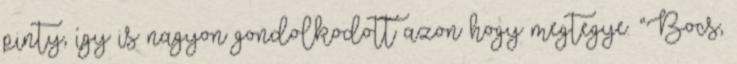
pinty, így is nagyon gondolkodott azon hogy megtegye. “Bocs,